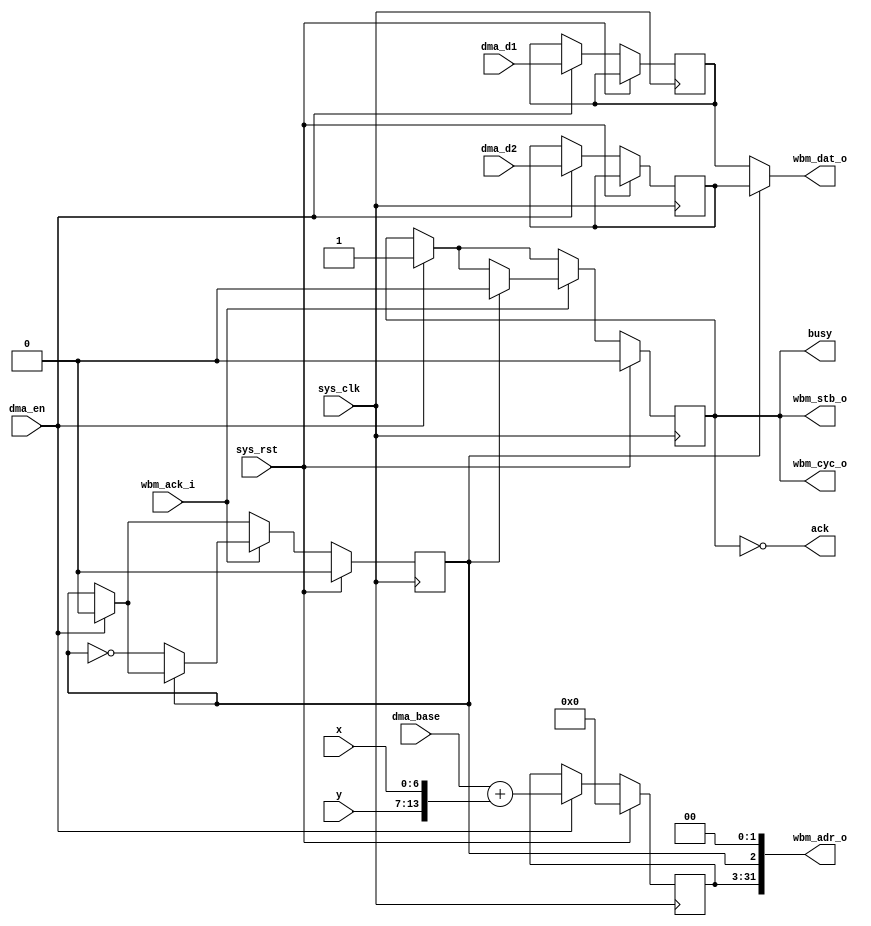
module pfpu_dma(
	input sys_clk,
	input sys_rst,
	input dma_en,
	input [28:0] dma_base,
	input [6:0] x,
	input [6:0] y,
	input [31:0] dma_d1,
	input [31:0] dma_d2,
	output ack,
	output busy,
	output [31:0] wbm_dat_o,
	output [31:0] wbm_adr_o,
	output wbm_cyc_o,
	output reg wbm_stb_o,
	input wbm_ack_i
);
reg write_y;
reg [28:0] vector_start;
reg [31:0] dma_d1_r;
reg [31:0] dma_d2_r;
always @(posedge sys_clk) begin
	if(sys_rst) begin
		vector_start <= 29'd0;
		write_y <= 1'b0;
		wbm_stb_o <= 1'b0;
	end else begin
		if(dma_en) begin
			wbm_stb_o <= 1'b1;
			write_y <= 1'b0;
			vector_start <= dma_base + {y, x};
			dma_d1_r <= dma_d1;
			dma_d2_r <= dma_d2;
		end
		if(wbm_ack_i) begin
			if(write_y)
				wbm_stb_o <= 1'b0;
			else
				write_y <= ~write_y;
		end
	end
end
assign wbm_adr_o = {vector_start, write_y, 2'b00};
assign wbm_dat_o = write_y ? dma_d2_r : dma_d1_r;
assign wbm_cyc_o = wbm_stb_o;
assign ack = ~wbm_stb_o;
assign busy = wbm_stb_o;
endmodule